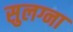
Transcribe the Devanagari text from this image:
सुलग्ना